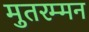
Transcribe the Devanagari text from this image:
मुतरम्मन